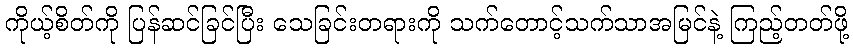
ကိုယ့်စိတ်ကို ပြန်ဆင်ခြင်ပြီး သေခြင်းတရားကို သက်တောင့်သက်သာအမြင်နဲ့ ကြည့်တတ်ဖို့